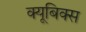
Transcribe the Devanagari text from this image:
क्यूबिक्स